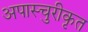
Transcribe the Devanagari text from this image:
अपास्चुरीकृत